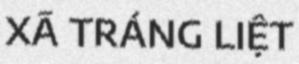
XÃ TRÁNG LIỆT